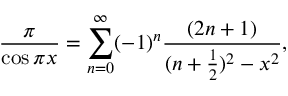
{ \frac { \pi } { \cos \pi x } } = \sum _ { n = 0 } ^ { \infty } ( - 1 ) ^ { n } { \frac { ( 2 n + 1 ) } { ( n + { \frac { 1 } { 2 } } ) ^ { 2 } - x ^ { 2 } } } ,